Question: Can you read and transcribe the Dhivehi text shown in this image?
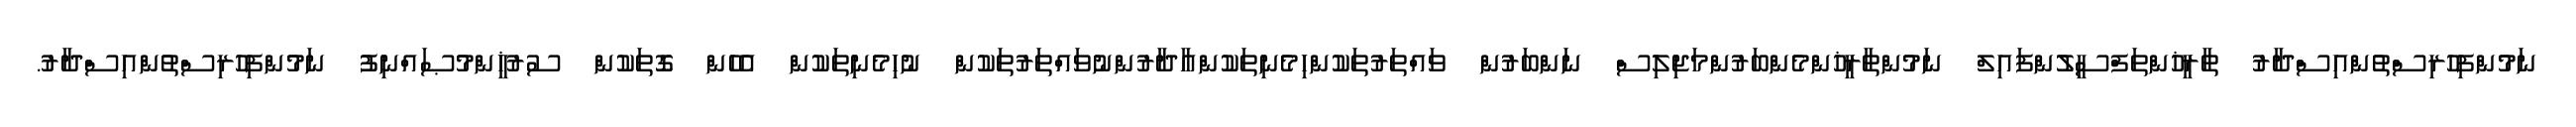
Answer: ނަމުންފިހުރިސްތުންއިސްދާރު ތާރީޚުންތަފްސީލުންފައިލް ނަމުންތާރީޚުންމެންބަރުންމަޖިލިސް ނަންބަރުން ވައްތަރުތަކުންހިމެނިތަކުންއާދާރުންނުވައްތަރުތަކުން ނުހިމެނިތަކުން އެހެން ގޮތަކުން ސުރުޚީންމުޞައްނިފު ނަމުންފިހުރިސްތުންއިސްދާރު.